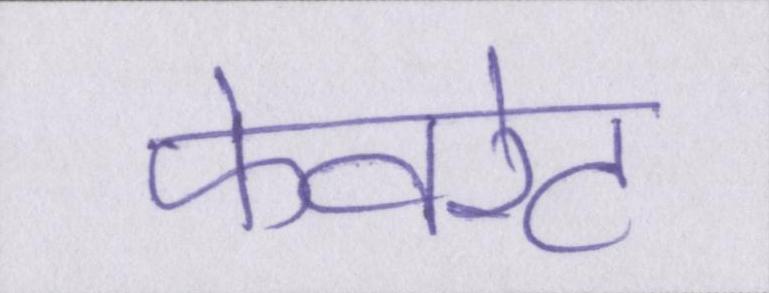
फेवरेट